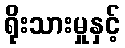
ရိုးသားမှုနှင့်